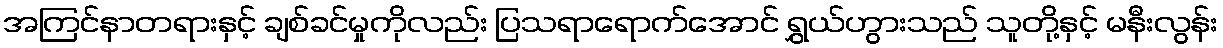
အကြင်နာတရားနှင့် ချစ်ခင်မှုကိုလည်း ပြသရာရောက်အောင် ရွှယ်ဟွားသည် သူတို့နှင့် မနီးလွန်း